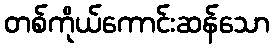
တစ်ကိုယ်ကောင်းဆန်သော